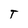
Character: T